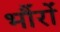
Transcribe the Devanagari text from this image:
भौंरों